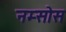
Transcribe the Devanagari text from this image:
नम्सोस